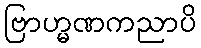
ဗြာဟ္မဏကညာပိ